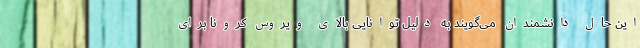
این حال دانشمندان می‌گویند به دلیل توانایی بالای ویروس کرونا برای